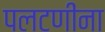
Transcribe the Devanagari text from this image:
पलटणींना